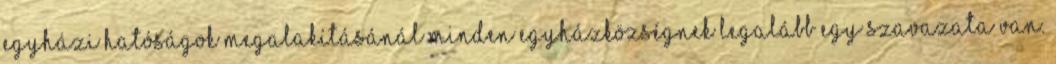
egyházi hatóságok megalakításánál minden egyházközségnek legalább egy szavazata van.